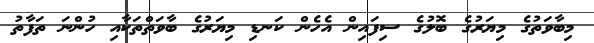
މިބާވަތުގެ މިޔަރުގެ ބޮލުގެ ސިފައިން އެހެން ކަނޑި މިޔަރުގެ ބާވަތްތަކާއި ހުންނަ ތަފާތު